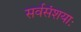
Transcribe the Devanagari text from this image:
सर्वसंशयाः